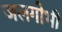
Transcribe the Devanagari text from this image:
जलगोभी